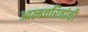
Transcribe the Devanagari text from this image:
आत्मचरित्रांची